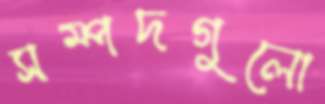
সম্পদগুলো